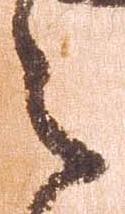
之